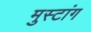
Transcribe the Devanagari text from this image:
मुस्टांग